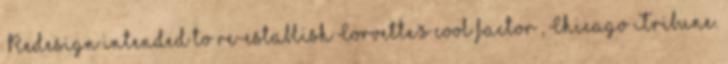
„Redesign intended to re-establish Corvette's cool factor”, Chicago Tribune.